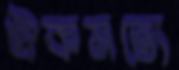
ঐকমত্যে